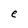
Character: e